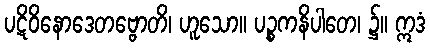
ပဋိဝိနောဒေတဗ္ဗောတိ၊ ဟူသော။ ပဉ္စကနိပါတေ၊ ၌။ ဣဒံ